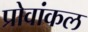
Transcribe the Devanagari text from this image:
प्रोवांकल